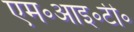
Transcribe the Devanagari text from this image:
एम॰आइ॰टी॰